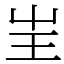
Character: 㞷